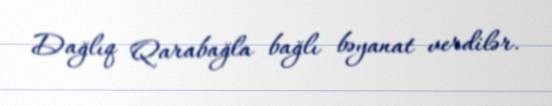
Dağlıq Qarabağla bağlı bəyanat verdilər.